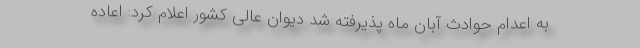
به اعدام حوادث آبان ماه پذیرفته شد دیوان عالی کشور اعلام کرد: اعاده